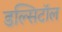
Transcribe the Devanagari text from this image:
डल्सिटॉल